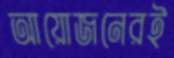
আয়োজনেরই